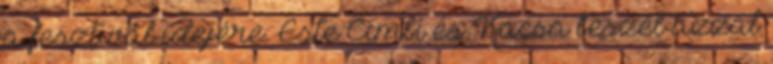
a fesztivál idejére. Este Cimbi és Kacsa beszél azzal